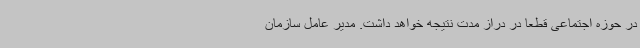
در حوزه اجتماعی قطعا در دراز مدت نتیجه خواهد داشت. مدیر عامل سازمان